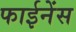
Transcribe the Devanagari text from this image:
फाईनेंस